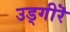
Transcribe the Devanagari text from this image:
उड्गीरॆ